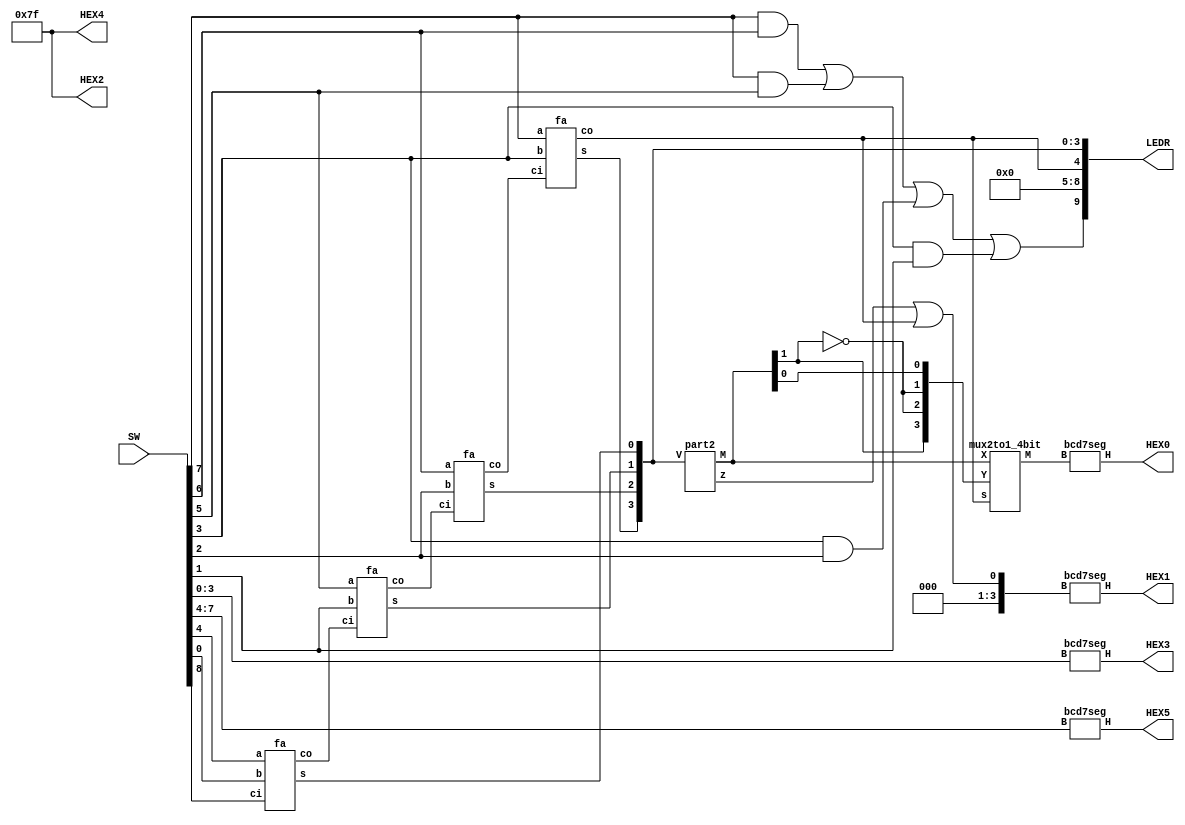
// one-digit BCD adder S1 S0 = X + Y + Cin
// inputs: SW7-4 = X
//         SW3-0 = Y
//         SW8 = Cin
// outputs: X is displayed on HEX5
// 			Y is displayed on HEX3
// 			S1 S0 is displayed on HEX1 HEX0
module part4 (SW, LEDR, HEX5, HEX4, HEX3, HEX2, HEX1, HEX0);
	input [8:0] SW;
	output [9:0] LEDR;
	
	output [0:6] HEX5, HEX4, HEX3, HEX2, HEX1, HEX0;

	wire [3:0] X, Y, S;			// S is the sum output of the adder
	wire Cin;						// carry in
	wire [4:1] C;					// internal carries
	wire [3:0] M;					// used for sums 0 to 15
	wire [3:0] B, S0;				// used for sums 16, 17, 18, 19
	wire z, S1;
	
	assign X = SW[7:4];
	assign Y = SW[3:0];
	assign Cin = SW[8];

	fa bit0 (X[0], Y[0], Cin, S[0], C[1]);
	fa bit1 (X[1], Y[1], C[1], S[1], C[2]);
	fa bit2 (X[2], Y[2], C[2], S[2], C[3]);
	fa bit3 (X[3], Y[3], C[3], S[3], C[4]);
	assign LEDR[4:0] = {C[4], S};
	
	// Display the inputs
	bcd7seg H_5 (X, HEX5);
	assign HEX4 = 7'b1111111;	// display blank

	bcd7seg H_3 (Y, HEX3);
	assign HEX2 = 7'b1111111;	// display blank
	
	// Detect illegal inputs, display on LEDR[9]
	assign LEDR[9] = (X[3] & X[2]) | (X[3] & X[1]) | 
		(Y[3] & Y[2]) | (Y[3] & Y[1]);
	assign LEDR[8:5] = 4'b0;

	// Display the sum
	// module part2 (V, z, M);
	part2 U1 (S, z, M); 
	// S is really a 5-bit # with the carry-out C[4], but part2 handles only 
	// the lower four bit (sums 00-15).  To account for sums 16, 17, 18, 19 the
	// signal B is created to be used instead of M in the cases that C[4] = 1:
	assign B[3] = M[1];
	assign B[2] = ~M[1];
	assign B[1] = ~M[1];
	assign B[0] = M[0];
	mux2to1_4bit U2 (M, B, C[4], S0);

	bcd7seg H_0 (S0, HEX0);
	// HEX1 should display 1 when z is 1 (sums 10-15), and also when C[4] is 1 (sums 16-19)
	assign S1 = z | C[4];
	bcd7seg H_1 ({3'b000, S1}, HEX1);
endmodule
			
module fa (a, b, ci, s, co);
	input a, b, ci;
	output s, co;

	wire a_xor_b;

	assign a_xor_b = a ^ b;
	assign s = a_xor_b ^ ci;
	assign co = (~a_xor_b & b) | (a_xor_b & ci);
endmodule

// bcd-to-decimal converter
module part2 (V, z, M);
	input [3:0] V;
	output z;
	output [3:0] M;

	wire[3:0] A;
	
	// comparator circuit for V > 9
	assign z = (V[3] & V[2]) | (V[3] & V[1]);

	// Circuit A: when V > 9, this circuit allows the digit d0 to display the
	// values 0 - 5 (for the numbers V = 10 to V = 15). Note that V3 = 1 for all of these 
	// values, and V3 isn't needed in circuit A. The circuit implements the truth table
	//
	// V2 V1 V0 | A2 A1 A0
	// -------------------
	// 0  1  0  | 0  0  0  (V = 1010 -> 0)
	// 0  1  1  | 0  0  1  (V = 1011 -> 1)
	// 1  0  0  | 0  1  0  (V = 1100 -> 2)
	// 1  0  1  | 0  1  1  (V = 1101 -> 3)
	// 1  1  0  | 1  0  0  (V = 1110 -> 4)
	// 1  1  1  | 1  0  1  (V = 1111 -> 5)
	assign A[3] = 1'b0;
	assign A[2] = V[2] & V[1];
	assign A[1] = V[2] & ~V[1];
	assign A[0] = (V[1] & V[0]) | (V[2] & V[0]);

	// multiplexers
	mux2to1_4bit U1 (V, A, z, M);
endmodule
			
// Implements a 4-bit wide 2-to-1 multiplexer.
module mux2to1_4bit (X, Y, s, M);
	input [3:0] X, Y;	
	input s;
	output [3:0] M;

	assign M[0] = (~s & X[0]) | (s & Y[0]);
	assign M[1] = (~s & X[1]) | (s & Y[1]);
	assign M[2] = (~s & X[2]) | (s & Y[2]);
	assign M[3] = (~s & X[3]) | (s & Y[3]);
endmodule

module bcd7seg (B, H);
	input [3:0] B;
	output [0:6] H;

	wire [0:6] H;

	/*
	 *       0  
	 *      ---  
	 *     |   |
	 *    5|   |1
	 *     | 6 |
	 *      ---  
	 *     |   |
	 *    4|   |2
	 *     |   |
	 *      ---  
	 *       3  
	 */
	// B  H
	// ----------
	// 0  0000001;
	// 1  1001111;
	// 2  0010010;
	// 3  0000110;
	// 4  1001100;
	// 5  0100100;
	// 6  0100000;
	// 7  0001111;
	// 8  0000000;
	// 9  0000100;
	assign H[0] = (~B[3] & B[2] & ~B[1] & ~B[0]) | (~B[3] & ~B[2] & ~B[1] & B[0]);
	assign H[1] = (B[2] & ~B[1] & B[0]) | (B[2] & B[1] & ~B[0]);
	assign H[2] = (~B[2] & B[1] & ~B[0]);
	assign H[3] = (~B[3] & ~B[2] & ~B[1] & B[0]) | (~B[3] & B[2] & ~B[1] & ~B[0]) | 
		(~B[3] & B[2] & B[1] & B[0]);
	assign H[4] = (~B[1] & B[0]) | (~B[3] & B[0]) | (~B[3] & B[2] & ~B[1]);
	assign H[5] = (B[1] & B[0]) | (~B[2] & B[1]) | (~B[3] & ~B[2] & B[0]);
	assign H[6] = (B[2] & B[1] & B[0]) | (~B[3] & ~B[2] & ~B[1]);
endmodule